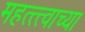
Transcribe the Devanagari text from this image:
महत्त्त्वाच्या